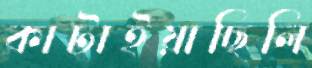
কাটাইয়াছিলি